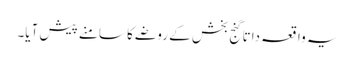
یہ واقعہ داتا گنج بخش کے روضے کا سامنے پیش آیا۔